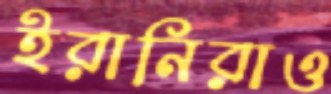
ইরানিরাও